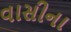
વાસીના